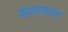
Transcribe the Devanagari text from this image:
सभापाल